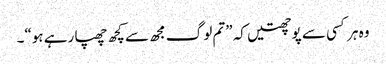
وہ ہر کسی سے پوچھتیں کہ ”تم لوگ مجھ سے کچھ چھپا رہے ہو“۔